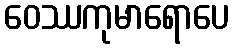
ဝေဿကုမာရောပေ